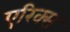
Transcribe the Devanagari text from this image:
एरिक्स